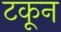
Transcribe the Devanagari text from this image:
टकून